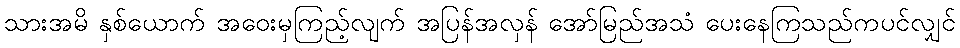
သားအမိ နှစ်ယောက် အဝေးမှကြည့်လျက် အပြန်အလှန် အော်မြည်အသံ ပေးနေကြသည်ကပင်လျှင်